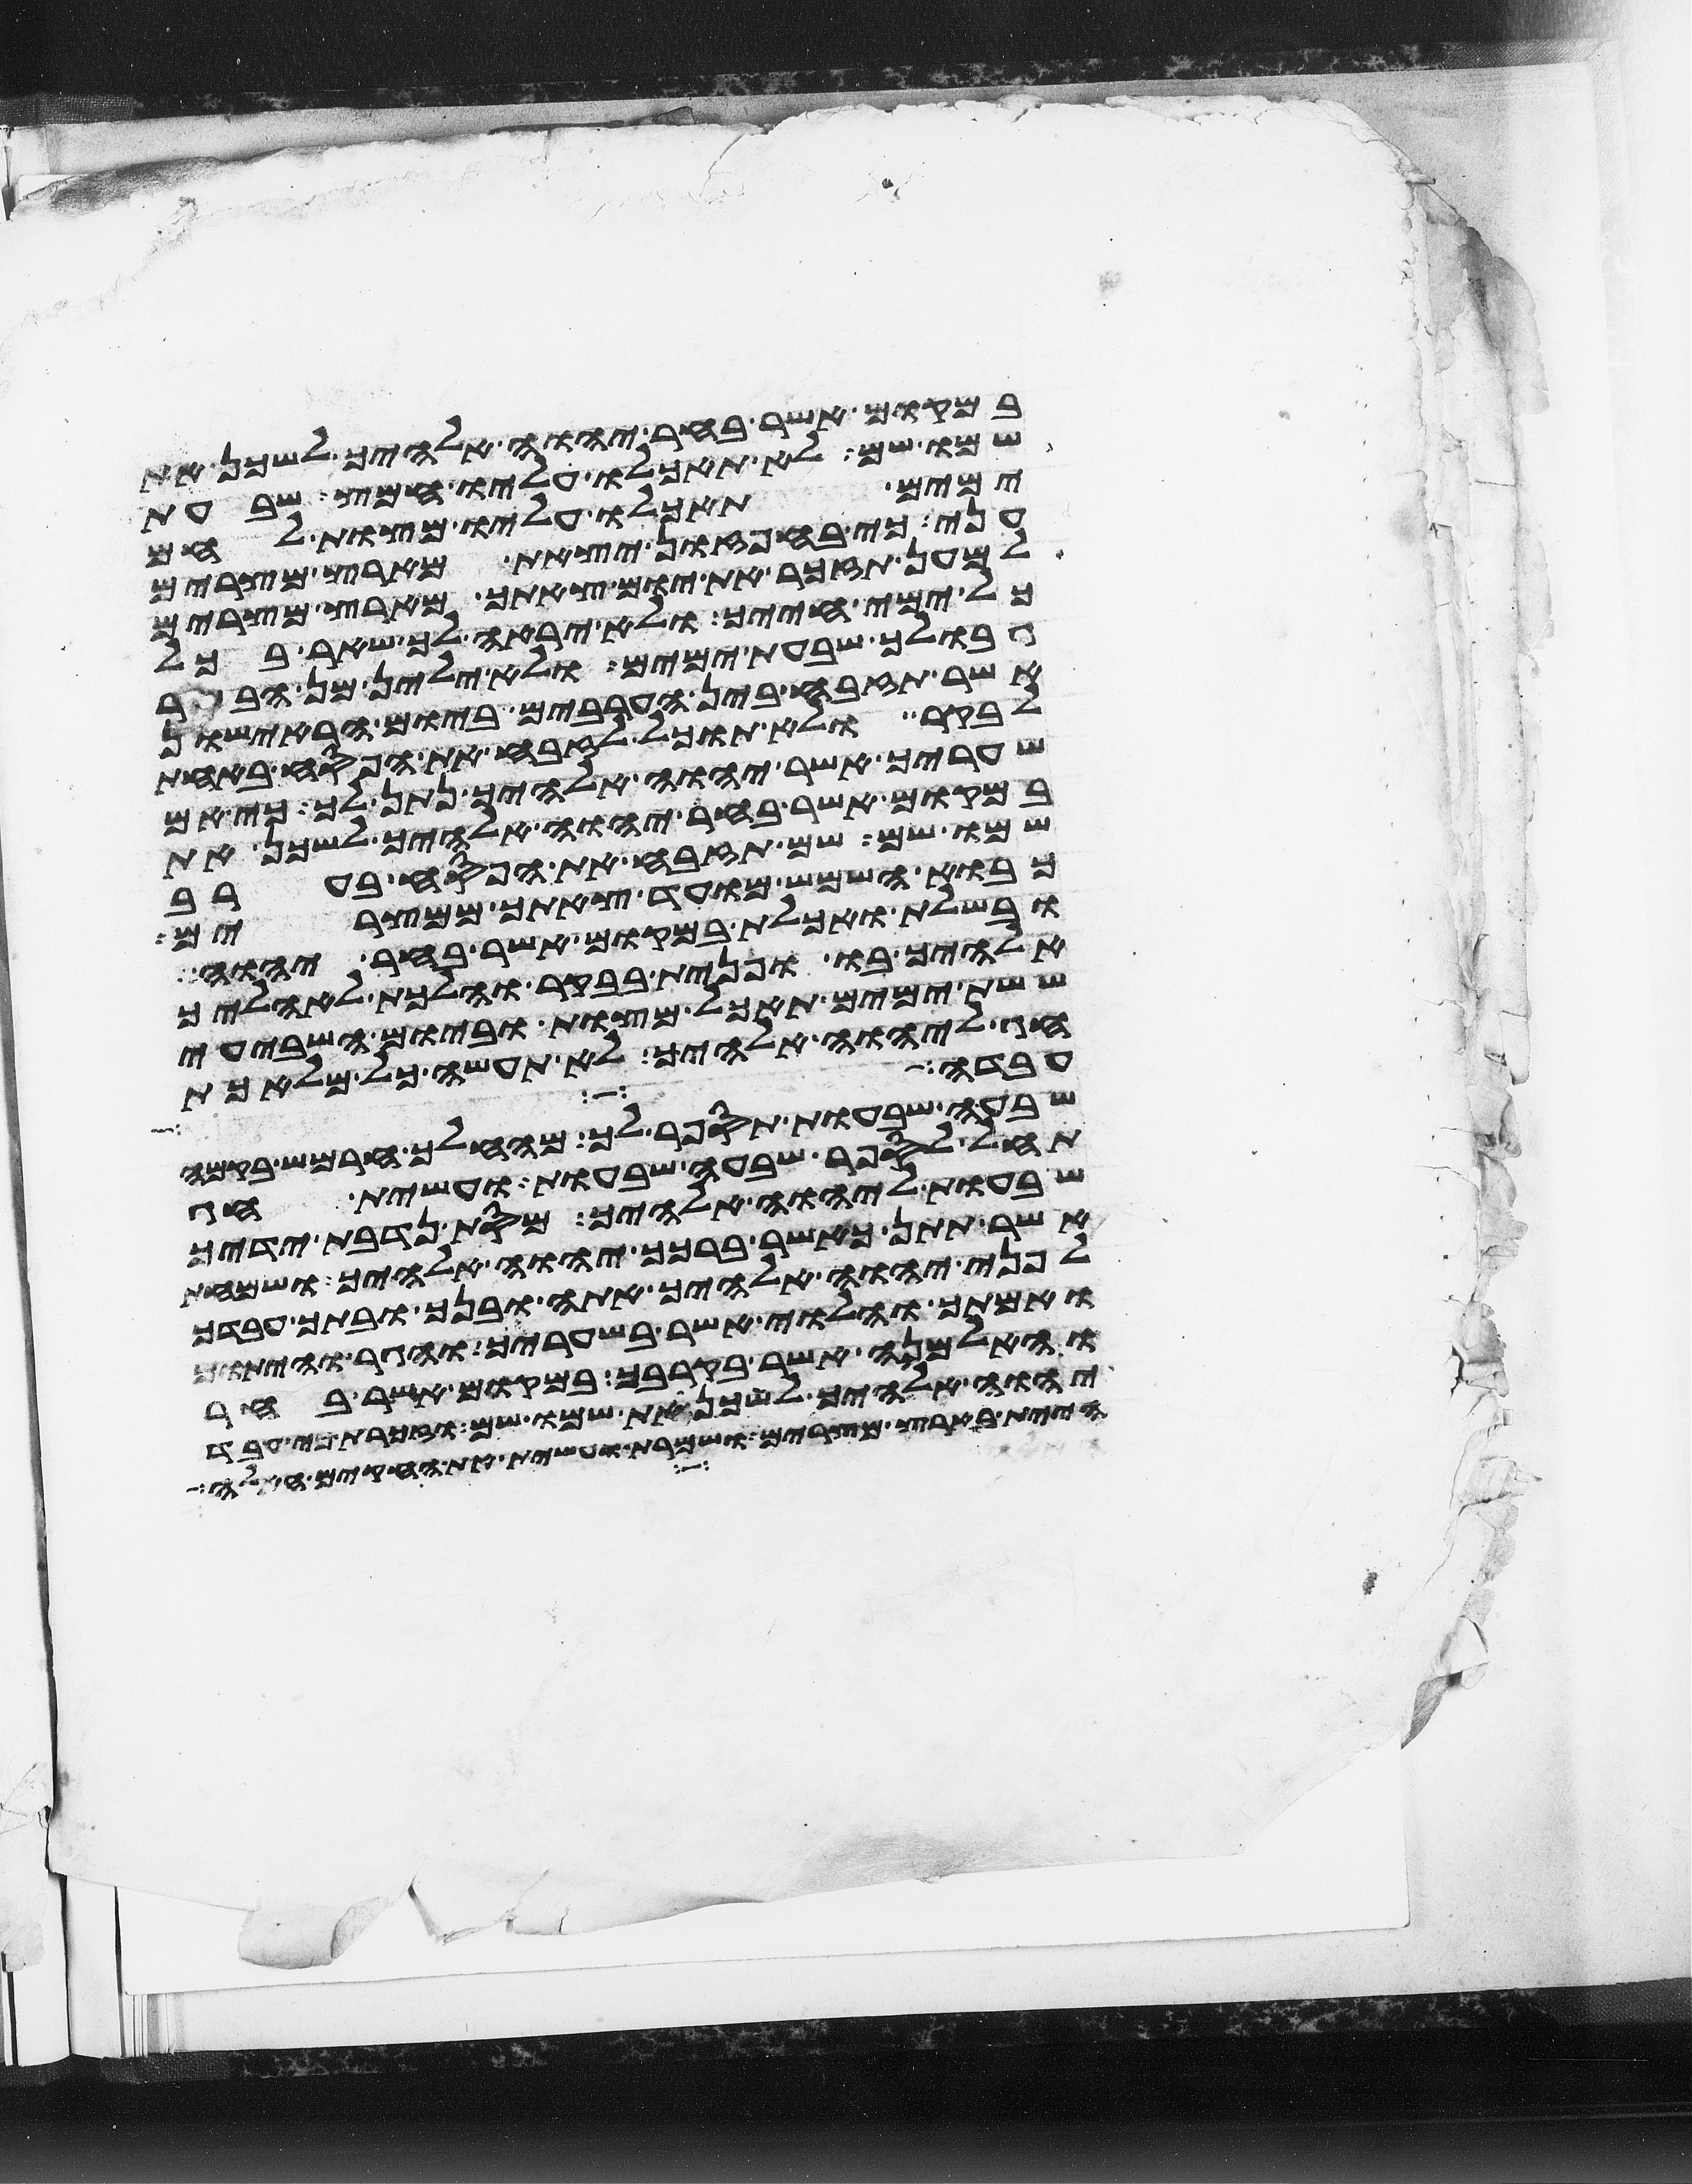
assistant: במקום אשר בחר יהוה אלהיך לשכן את
שמו שם לא תאכלו עליו חמץ שבעת
ימים תאכלו עליו מצות לחם
עני כי בחפזון יצאת מארץ מצרים
למען תזכר את יום צאתך מארץ מצרים
כל ימי חייך ולא יראה לך שאר בכל
גבולך שבעת ימים ולא ילין מן הבשר
אשר תזבח בין הערבים ביום הראישון
לבקר ולא תוכל לזבח את הפסח באחת
שעריך אשר יהוה אלהיך נתן לך כי אם
במקום אשר בחר יהוה אלהיך לשכן את
שמו שם שם תזבח את הפסח בערב
כבוא השמש מועד צאתך ממצרים
ובשלת ואכלת במקום אשר בחר יהוה
אלהיך בו ופנית בבקר והלכת לאהליך
ששת ימים תאכל מצות וביום השביעי
חג ליהוה אלהיך לא תעשה כל מלאכת
עבדו את יהוה
שבעה שבעות תספר לך מהחלך חרמש בקמה
תחל לספר שבעה שבעות ועשית חג
שבעות ליהוה אלהיך מסת נדבת ידיך
אשר תתן כאשר ברכך יהוה אלהיך ושמחת
לפני יהוה אלהיך אתה ובנך ובתך עבדך
ואמתך והלוי אשר בשעריך והגר והיתום
והאלמנה אשר בקרבך במקום אשר בחר
יהוה אלהיך לשכן את שמו שם וזכרת כי עבד
היית בארץ מצרים ושמרת ועשית את החקים האלה